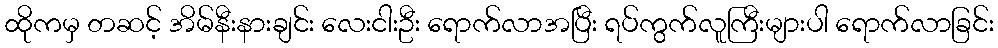
ထိုကမှ တဆင့် အိမ်နီးနားချင်း လေးငါးဦး ရောက်လာအပြီး ရပ်ကွက်လူကြီးများပါ ရောက်လာခြင်း